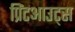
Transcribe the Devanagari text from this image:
प्रिंटआउट्स